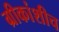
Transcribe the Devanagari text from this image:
ग्रीकांशीच